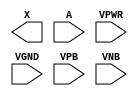
module sky130_fd_sc_lp__clkdlybuf4s50 (
    X   ,
    A   ,
    VPWR,
    VGND,
    VPB ,
    VNB
);

    output X   ;
    input  A   ;
    input  VPWR;
    input  VGND;
    input  VPB ;
    input  VNB ;
endmodule